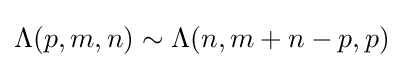
\Lambda (p,m,n)\sim \Lambda (n,m+n-p,p)